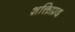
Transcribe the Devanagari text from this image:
शक्तिप्रद